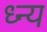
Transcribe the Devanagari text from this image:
ध्न्य